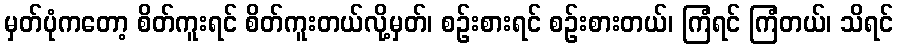
မှတ်ပုံကတော့ စိတ်ကူးရင် စိတ်ကူးတယ်လို့မှတ်၊ စဉ်းစားရင် စဉ်းစားတယ်၊ ကြံရင် ကြံတယ်၊ သိရင်